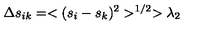
\Delta s _ { i k } = < ( s _ { i } - s _ { k } ) ^ { 2 } > ^ { 1 / 2 } > \lambda _ { 2 }